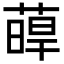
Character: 𦸋